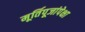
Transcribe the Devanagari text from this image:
मूर्तिपूजांपेक्षा